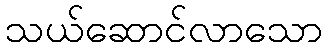
သယ်ဆောင်လာသော